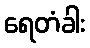
ရေတံခါး